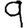
Digit: 9